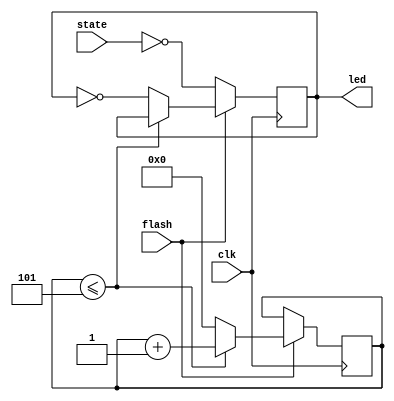
module status_LED (input clk, 
						input state,
						input flash,
						output reg led);
						
	reg [3:0] counter;
	
	always@ (posedge clk)
	begin
		if (flash == 1)
		begin
			if (counter <= 5)
				begin
					counter <= counter +1; 
				end
			
			else
				begin
					counter <= 0;
					led <= ~led;
				end
		end
		else 
			begin
				led <= ~state;
			end
	end
	
						
endmodule